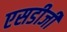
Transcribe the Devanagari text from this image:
एसडीजी